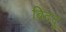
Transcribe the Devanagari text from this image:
बिददु